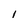
Character: 1